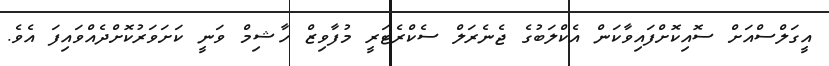
އީގަލްސްއަށް ސޮއިކޮށްފައިވާކަން އެކްލަބުގެ ޖެނެރަލް ސެކްރެޓަރީ މުފާވިޒް ހާޝިމް ވަނީ ކަށަވަރުކޮށްދެއްވައިފަ އެވެ.